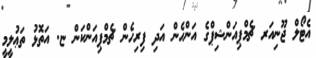
އެޓޯލް ޖޫނިއަރ ޗެމްޕިއަންޝިޕްގެ އަންހެން އަދި ފިރިހެން ޗެމްޕިއަންކަން ޏ. އަތޮޅު ތަޢުލީމީ